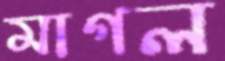
মাগল